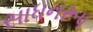
સાધનરૂપ